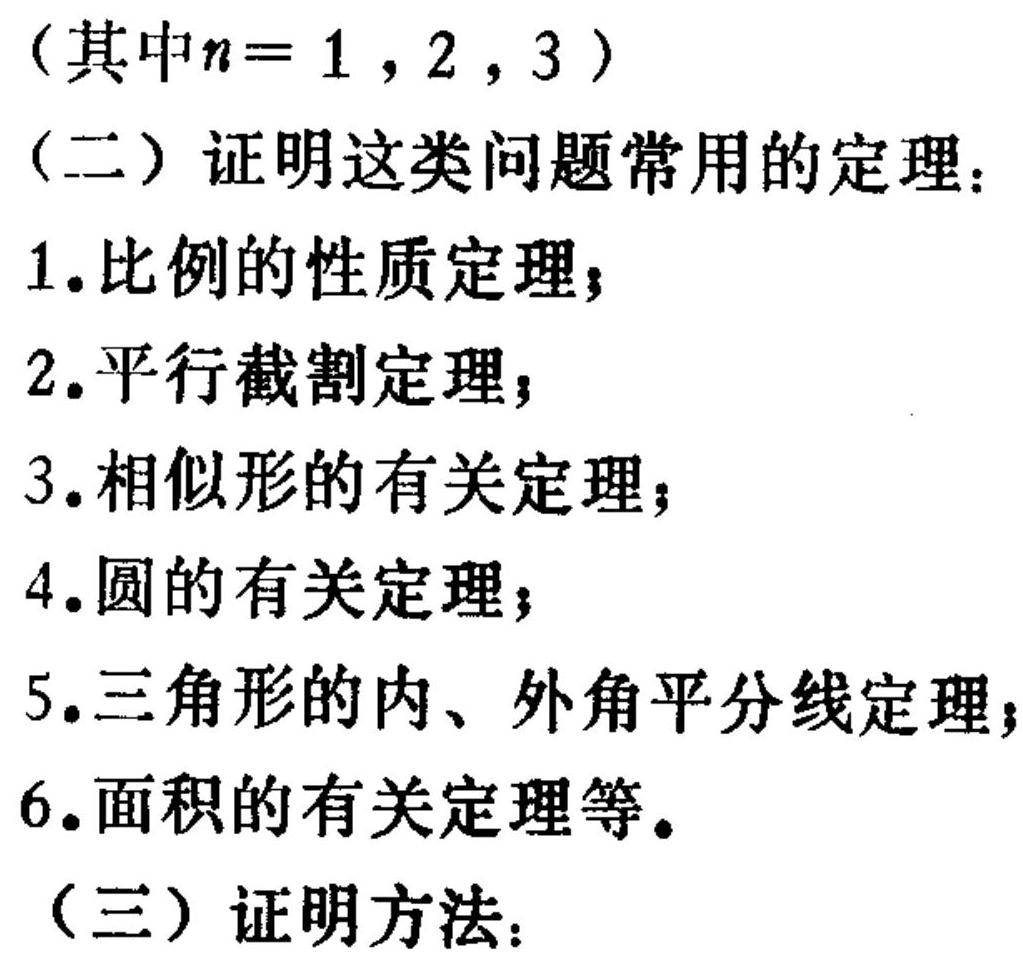
（其中\(n = 1,2,3\)）

（二）证明这类问题常用的定理：
1. 比例的性质定理；
2. 平行截割定理；
3. 相似形的有关定理；
4. 圆的有关定理；
5. 三角形的内、外角平分线定理；
6. 面积的有关定理等。

（三）证明方法：